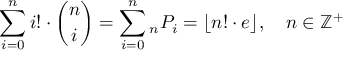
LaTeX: \sum _ { i = 0 } ^ { n } i ! \cdot { \binom { n } { i } } = \sum _ { i = 0 } ^ { n } { } _ { n } P _ { i } = \lfloor n ! \cdot e \rfloor , \quad n \in \mathbb { Z } ^ { + }